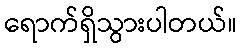
ရောက်ရှိသွားပါတယ်။